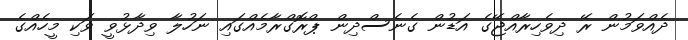
ދެއްވަމުން ރޭ ދިވެހިރާއްޖޭގެ އަޑުން ގެނެސްދިން ޕްރޮގްރާމެއްގައި ނަހުލާ ވިދާޅުވީ ވަކި މީހެއްގެ